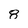
Character: 8